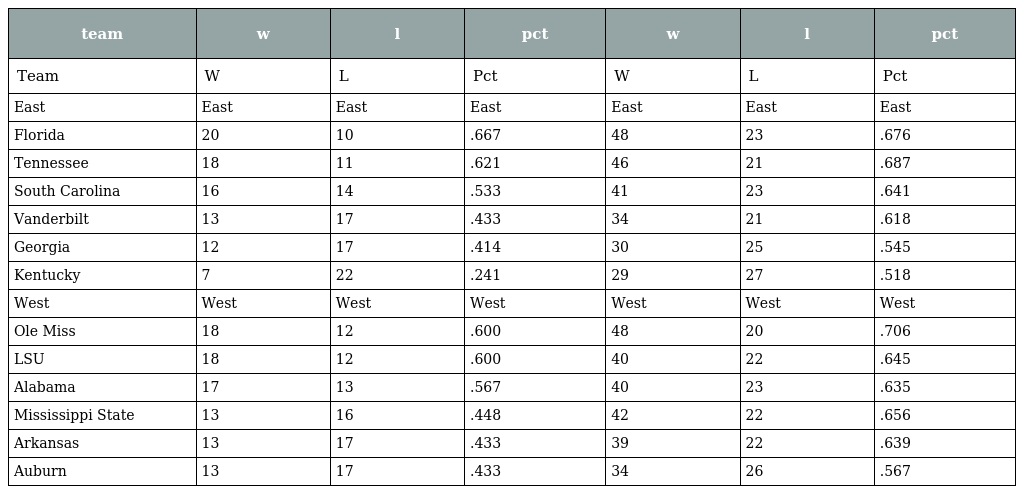
| team | w | l | pct | w | l | pct |
 | --- | --- | --- | --- | --- | --- | --- |
 | Team | W | L | Pct | W | L | Pct |
 | East | East | East | East | East | East | East |
 | Florida | 20 | 10 | .667 | 48 | 23 | .676 |
 | Tennessee | 18 | 11 | .621 | 46 | 21 | .687 |
 | South Carolina | 16 | 14 | .533 | 41 | 23 | .641 |
 | Vanderbilt | 13 | 17 | .433 | 34 | 21 | .618 |
 | Georgia | 12 | 17 | .414 | 30 | 25 | .545 |
 | Kentucky | 7 | 22 | .241 | 29 | 27 | .518 |
 | West | West | West | West | West | West | West |
 | Ole Miss | 18 | 12 | .600 | 48 | 20 | .706 |
 | LSU | 18 | 12 | .600 | 40 | 22 | .645 |
 | Alabama | 17 | 13 | .567 | 40 | 23 | .635 |
 | Mississippi State | 13 | 16 | .448 | 42 | 22 | .656 |
 | Arkansas | 13 | 17 | .433 | 39 | 22 | .639 |
 | Auburn | 13 | 17 | .433 | 34 | 26 | .567 |